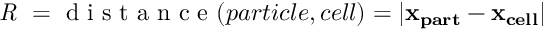
\textit { R } = \mathrm { ~ d ~ i ~ s ~ t ~ a ~ n ~ c ~ e ~ } ( p a r t i c l e , c e l l ) = | \mathbf { x _ { p a r t } } - \mathbf { x _ { c e l l } } |